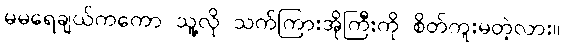
မမရေချယ်ကကော သူ့လို သက်ကြားအိုကြီးကို စိတ်ကူးမတဲ့လား။